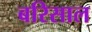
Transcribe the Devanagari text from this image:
बरिसाल